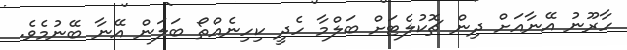
ހާރޫނު އޭނާއަށް ދިން ޗޮކުލެޓަށް ބަލްމާ ހެދީ ކިހިނެއްތޯ ބަލަން އޭނާ ބޭނުމެވެ.